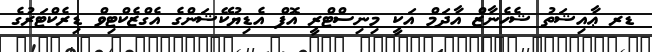
ޑރ ޢާއިޝަތު ޝެހެނާޒް އާދަމް އަކީ މިނިސްޓްރީ އޮފް އެޑިޔުކޭޝަންގެ އެގްޒެކްޓިވް ޑިރެކްޓަރުގެ